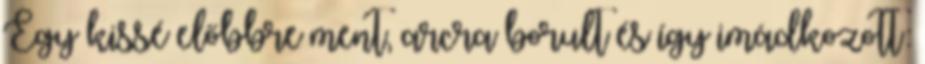
Egy kissé előbbre ment, arcra borult és így imádkozott: